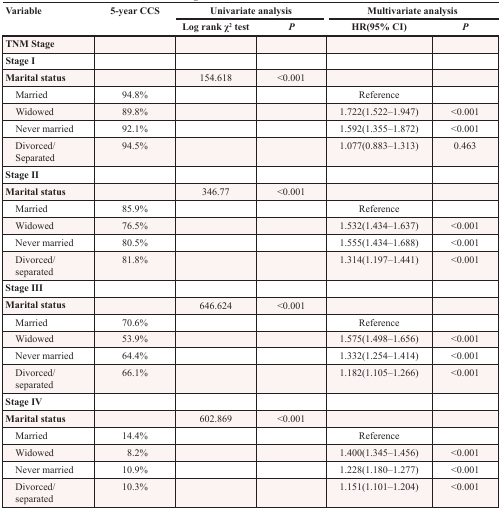
<table><thead><tr><td rowspan="2"><b>Variable</b></td><td rowspan="2"><b>5-year CCS</b></td><td colspan="2"><b>Univariate analysis</b></td><td colspan="2"><b>Multivariate analysis</b></td></tr><tr><td><b>Log rank χ<sup>2</sup> test</b></td><td><b><i>P</i></b></td><td><b>HR(95% CI)</b></td><td><b><i>P</i></b></td></tr></thead><tbody><tr><td><b>TNM Stage</b></td><td></td><td></td><td></td><td></td><td></td></tr><tr><td><b>Stage I</b></td><td></td><td></td><td></td><td></td><td></td></tr><tr><td><b>Marital status</b></td><td></td><td>154.618</td><td>&lt;0.001</td><td></td><td></td></tr><tr><td> Married</td><td>94.8%</td><td></td><td></td><td>Reference</td><td></td></tr><tr><td> Widowed</td><td>89.8%</td><td></td><td></td><td>1.722(1.522–1.947)</td><td>&lt;0.001</td></tr><tr><td> Never married</td><td>92.1%</td><td></td><td></td><td>1.592(1.355–1.872)</td><td>&lt;0.001</td></tr><tr><td> Divorced/Separated</td><td>94.5%</td><td></td><td></td><td>1.077(0.883–1.313)</td><td>0.463</td></tr><tr><td><b>Stage II</b></td><td></td><td></td><td></td><td></td><td></td></tr><tr><td><b>Marital status</b></td><td></td><td>346.77</td><td>&lt;0.001</td><td></td><td></td></tr><tr><td> Married</td><td>85.9%</td><td></td><td></td><td>Reference</td><td></td></tr><tr><td> Widowed</td><td>76.5%</td><td></td><td></td><td>1.532(1.434–1.637)</td><td>&lt;0.001</td></tr><tr><td> Never married</td><td>80.5%</td><td></td><td></td><td>1.555(1.434–1.688)</td><td>&lt;0.001</td></tr><tr><td> Divorced/separated</td><td>81.8%</td><td></td><td></td><td>1.314(1.197–1.441)</td><td>&lt;0.001</td></tr><tr><td><b>Stage III</b></td><td></td><td></td><td></td><td></td><td></td></tr><tr><td><b>Marital status</b></td><td></td><td>646.624</td><td>&lt;0.001</td><td></td><td></td></tr><tr><td> Married</td><td>70.6%</td><td></td><td></td><td>Reference</td><td></td></tr><tr><td> Widowed</td><td>53.9%</td><td></td><td></td><td>1.575(1.498–1.656)</td><td>&lt;0.001</td></tr><tr><td> Never married</td><td>64.4%</td><td></td><td></td><td>1.332(1.254–1.414)</td><td>&lt;0.001</td></tr><tr><td> Divorced/separated</td><td>66.1%</td><td></td><td></td><td>1.182(1.105–1.266)</td><td>&lt;0.001</td></tr><tr><td><b>Stage IV</b></td><td></td><td></td><td></td><td></td><td></td></tr><tr><td><b>Marital status</b></td><td></td><td>602.869</td><td>&lt;0.001</td><td></td><td></td></tr><tr><td> Married</td><td>14.4%</td><td></td><td></td><td>Reference</td><td></td></tr><tr><td> Widowed</td><td> 8.2%</td><td></td><td></td><td>1.400(1.345–1.456)</td><td>&lt;0.001</td></tr><tr><td> Never married</td><td>10.9%</td><td></td><td></td><td>1.228(1.180–1.277)</td><td>&lt;0.001</td></tr><tr><td> Divorced/separated</td><td>10.3%</td><td></td><td></td><td>1.151(1.101–1.204)</td><td>&lt;0.001</td></tr></tbody></table>